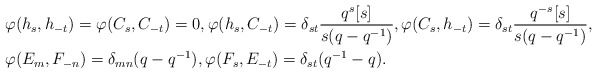
\begin{align*}& \varphi(h_s, h_{-t}) = \varphi(C_s, C_{-t}) = 0,\varphi(h_s, C_{-t}) = \delta_{st} \frac{q^s[s]}{s(q-q^{-1})},\varphi(C_s,h_{-t}) = \delta_{st} \frac{q^{-s}[s]}{s(q-q^{-1})}, \\& \varphi(E_m, F_{-n}) = \delta_{mn} (q-q^{-1}), \varphi(F_s,E_{-t}) = \delta_{st} (q^{-1}-q). \end{align*}